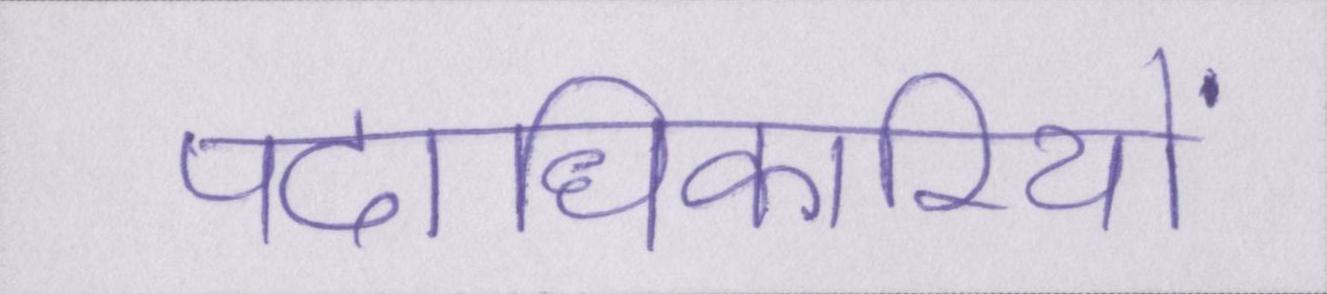
पदाधिकारियों